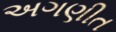
અગણીત